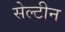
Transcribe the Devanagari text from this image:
सेल्टीन